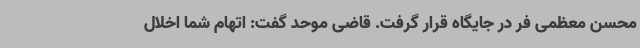
محسن معظمی فر در جایگاه قرار گرفت. قاضی موحد گفت: اتهام شما اخلال